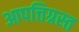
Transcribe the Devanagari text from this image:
आपत्तिग्रस्त